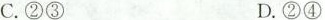
C.②③ D.②④